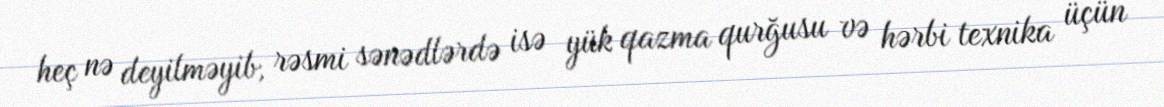
heç nə deyilməyib, rəsmi sənədlərdə isə yük qazma qurğusu və hərbi texnika üçün